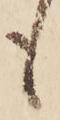
も